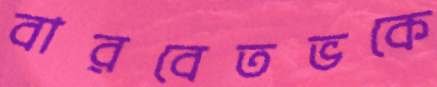
বারবেতভকে